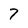
Character: 7